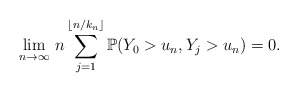
\begin{align*}\lim_{n\rightarrow\infty}\,n\sum_{j=1}^{\lfloor n/k_n \rfloor}\mathbb{P}( Y_0>u_n,Y_j>u_n)=0.\end{align*}